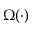
\Omega ( \cdot )